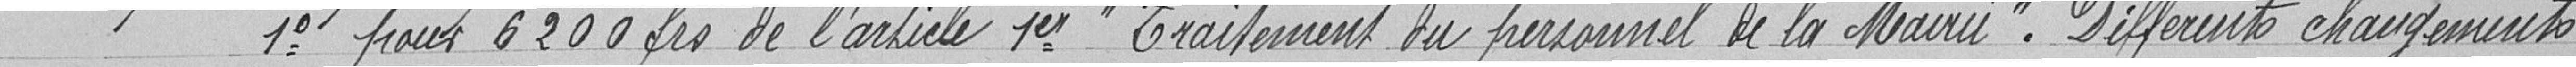
1° pour 6200 francs de l'article 1er "Traitement du personnel de la Mairie". Différents chargements